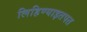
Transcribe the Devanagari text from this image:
लिहिण्याइतपत